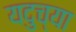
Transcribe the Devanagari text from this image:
यदुच्या